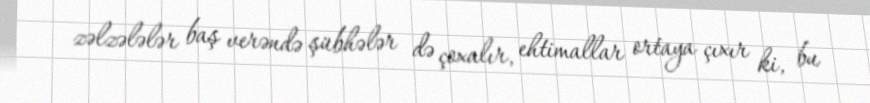
zəlzələlər baş verəndə şübhələr də çoxalır, ehtimallar ortaya çıxır ki, bu